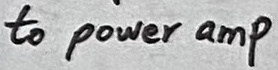
Text: to power amp